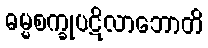
ဓမ္မစက္ခုပဋိလာဘောတိ